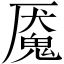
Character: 魇